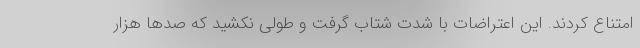
امتناع کردند. این اعتراضات با شدت شتاب گرفت و طولی نکشید که صدها هزار